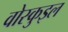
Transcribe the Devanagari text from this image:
वोस्कुइल